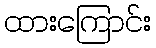
ထားကြောင်း